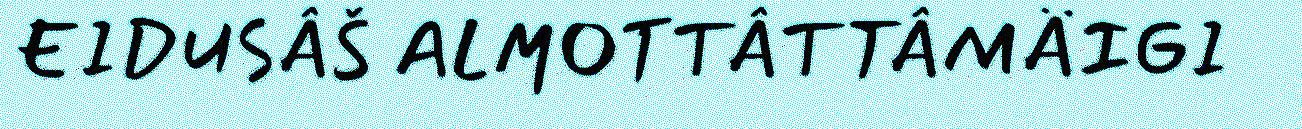
EIDUSÂŠ ALMOTTÂTTÂMÄIGI